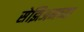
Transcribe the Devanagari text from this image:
सेझिअमच्या